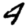
Digit: 4